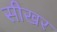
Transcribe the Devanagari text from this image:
सीखर